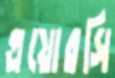
এয়োরসি